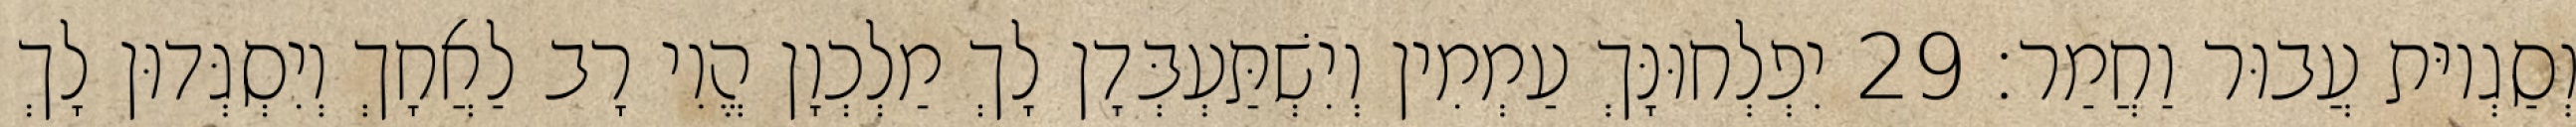
וְסַגְיוּת עֲבוּר וַחֲמַר׃ 29 יִפְלְחוּנָּךְ עַמְמִין וְיִשְׁתַּעְבְּדָן לָךְ מַלְכְוָן הֱוִי רָב לַאֲחָךְ וְיִסְגְּדוּן לָךְ